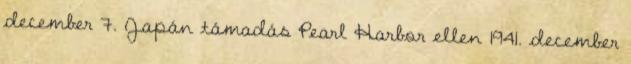
december 7. Japán támadás Pearl Harbor ellen 1941. december